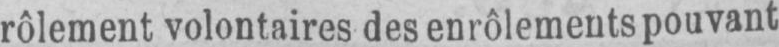
rôlement volontaires des enrôlements pouvant